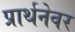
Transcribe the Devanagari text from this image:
प्रार्थनेवर